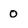
Character: o